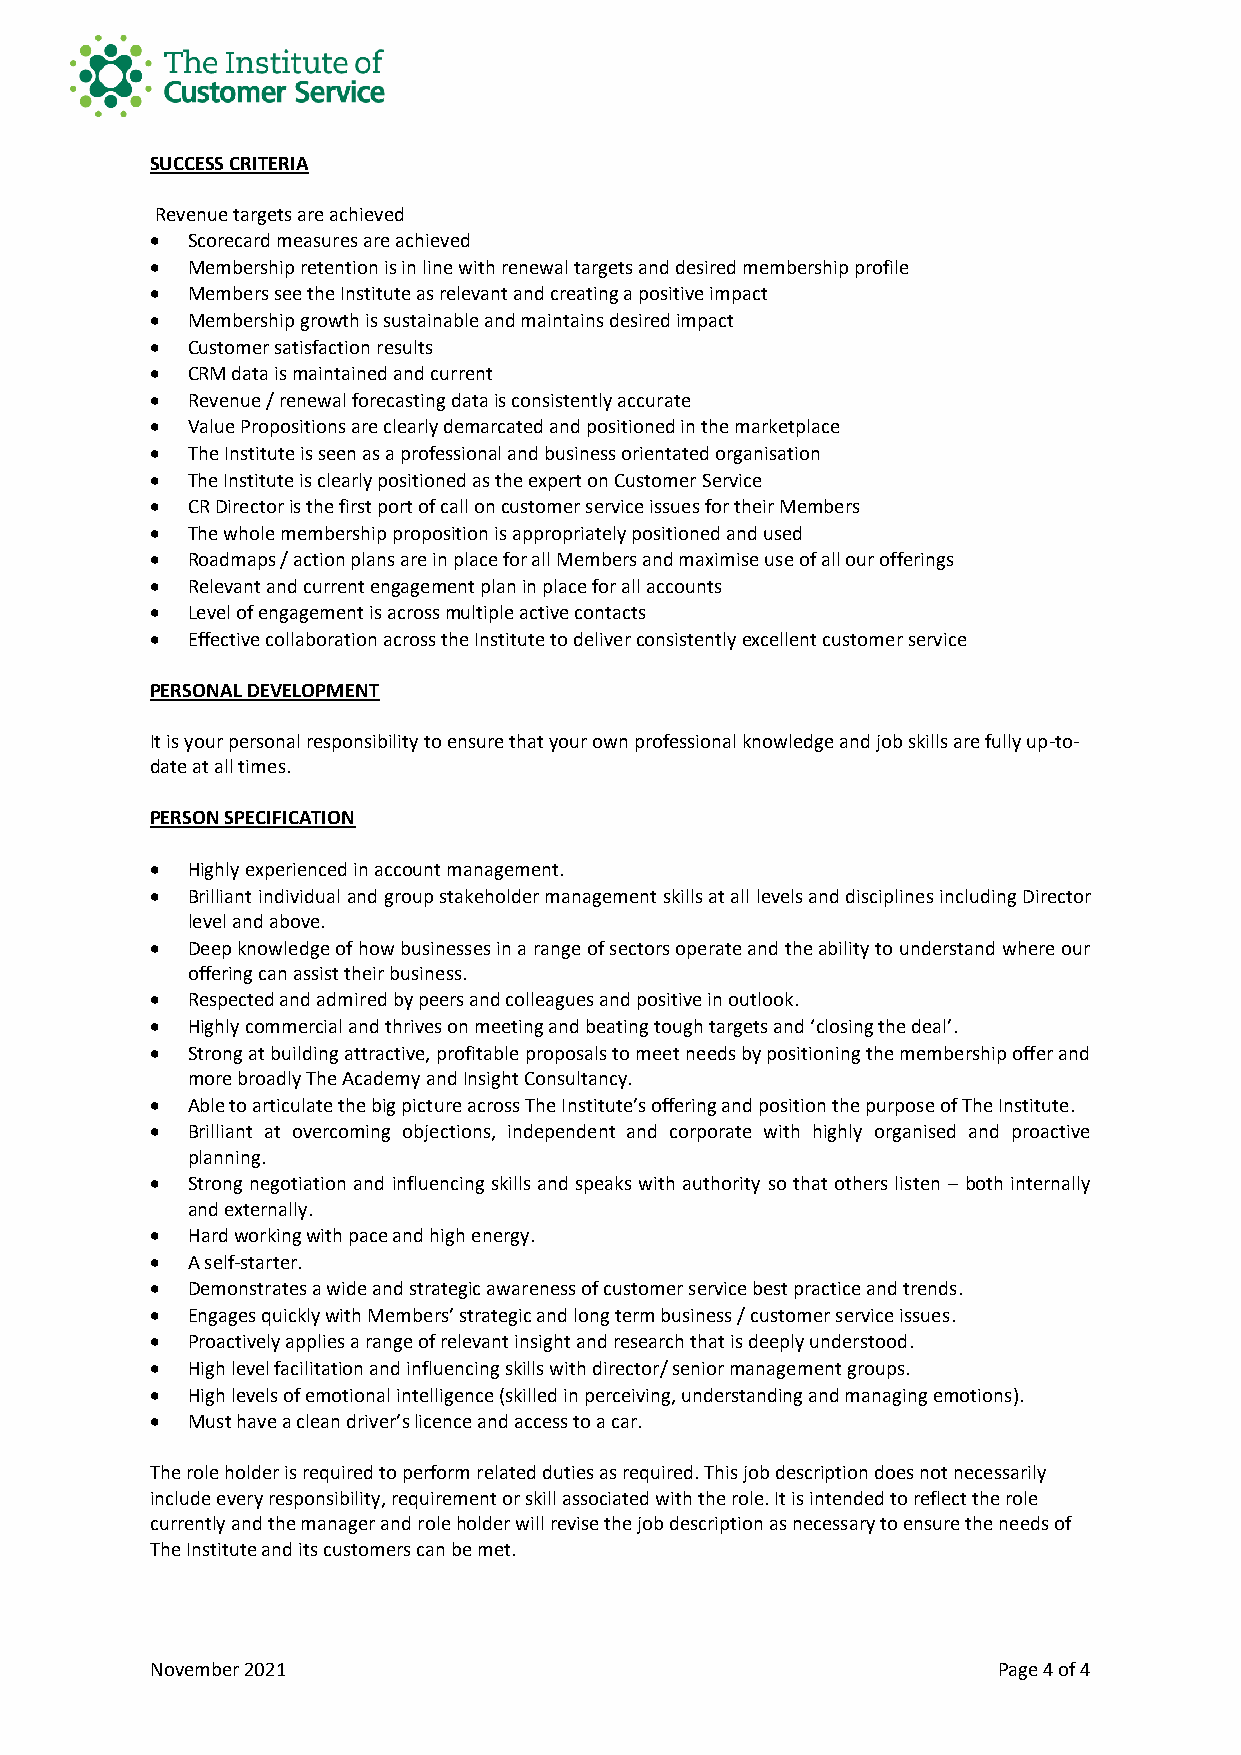
SUCCESS CRITERIA
 Revenue targets are achieved
 • Scorecard measures are achieved
 • Membership retention is in line with renewal targets and desired membership profile
 • Members see the Institute as relevant and creating a positive impact
 • Membership growth is sustainable and maintains desired impact
 • Customer satisfaction results
 • CRM data is maintained and current
 • Revenue / renewal forecasting data is consistently accurate
 • Value Propositions are clearly demarcated and positioned in the marketplace
 • The Institute is seen as a professional and business orientated organisation
 • The Institute is clearly positioned as the expert on Customer Service
 • CR Director is the first port of call on customer service issues for their Members
 • The whole membership proposition is appropriately positioned and used
 • Roadmaps / action plans are in place for all Members and maximise use of all our offerings
 • Relevant and current engagement plan in place for all accounts
 • Level of engagement is across multiple active contacts
 • Effective collaboration across the Institute to deliver consistently excellent customer service
 PERSONAL DEVELOPMENT
 It is your personal responsibility to ensure that your own professional knowledge and job skills are fully up-to-
 date at all times.
 PERSON SPECIFICATION
 • Highly experienced in account management.
 • Brilliant individual and group stakeholder management skills at all levels and disciplines including Director
 level and above.
 • Deep knowledge of how businesses in a range of sectors operate and the ability to understand where our
 offering can assist their business.
 • Respected and admired by peers and colleagues and positive in outlook.
 • Highly commercial and thrives on meeting and beating tough targets and ‘closing the deal’.
 • Strong at building attractive, profitable proposals to meet needs by positioning the membership offer and
 more broadly The Academy and Insight Consultancy.
 • Able to articulate the big picture across The Institute’s offering and position the purpose of The Institute.
 • Brilliant at overcoming objections, independent and corporate with highly organised and proactive
 planning.
 • Strong negotiation and influencing skills and speaks with authority so that others listen – both internally
 and externally.
 • Hard working with pace and high energy.
 • A self-starter.
 • Demonstrates a wide and strategic awareness of customer service best practice and trends.
 • Engages quickly with Members’ strategic and long term business / customer service issues.
 • Proactively applies a range of relevant insight and research that is deeply understood.
 • High level facilitation and influencing skills with director/ senior management groups.
 • High levels of emotional intelligence (skilled in perceiving, understanding and managing emotions).
 • Must have a clean driver’s licence and access to a car.
 The role holder is required to perform related duties as required. This job description does not necessarily
 include every responsibility, requirement or skill associated with the role. It is intended to reflect the role
 currently and the manager and role holder will revise the job description as necessary to ensure the needs of
 The Institute and its customers can be met.
 November 2021                                           Page 4 of 4